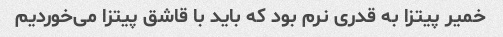
خمیر پیتزا به قدری نرم بود که باید با قاشق پیتزا می‌خوردیم